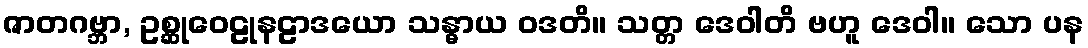
ဇာတဂဗ္ဘာ, ဥစ္ဆုဝေဠုနဠာဒယော သန္ဓာယ ဝဒတိ။ သတ္တ ဒေဝါတိ ဗဟူ ဒေဝါ။ သော ပန